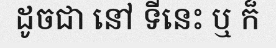
ដូចជា នៅ ទីនេះ ឬ ក៏